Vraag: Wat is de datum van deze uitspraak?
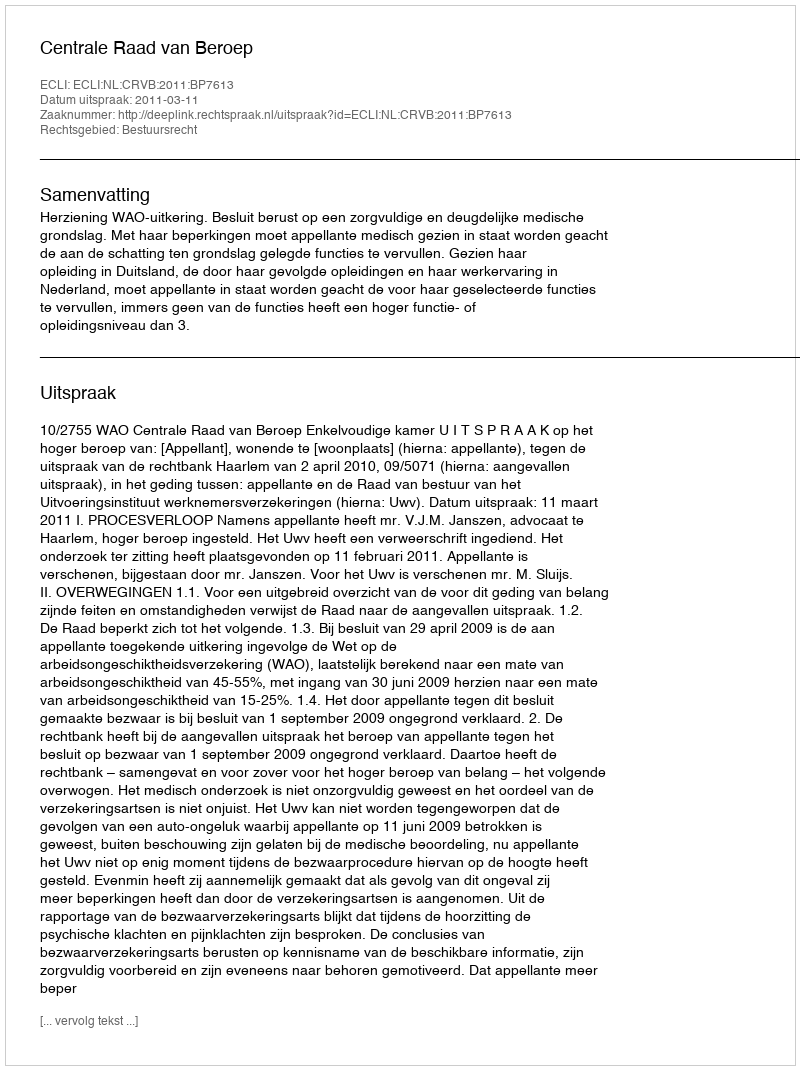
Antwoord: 2011-03-11